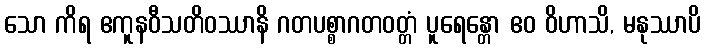
သော ကိရ ဧကူနဝီသတိဝဿာနိ ဂတပစ္စာဂတဝတ္တံ ပူရေန္တော ဧဝ ဝိဟာသိ, မနုဿာပိ